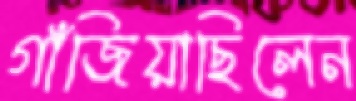
গাঁজিয়াছিলেন